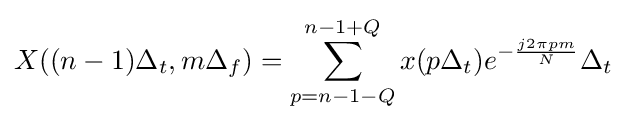
X((n-1)\Delta _{t},m\Delta _{f})=\sum _{p=n-1-Q}^{n-1+Q}x(p\Delta _{t})e^{-{\frac {j2\pi pm}{N}}}\Delta _{t}